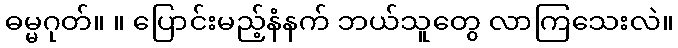
ဓမ္မဂုတ်။ ။ ပြောင်းမည့်နံနက် ဘယ်သူတွေ လာကြသေးလဲ။